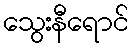
သွေးနီရောင်